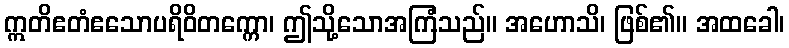
ဣတိဧတံဧသောပရိဝိတက္ကော၊ ဤသို့သောအကြံသည်။ အဟောသိ၊ ဖြစ်၏။ အထခေါ၊